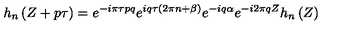
h _ { n } \left( Z + p \tau \right) = e ^ { - i \pi \tau p q } e ^ { i q \tau \left( 2 \pi n + \beta \right) } e ^ { - i q \alpha } e ^ { - i 2 \pi q Z } h _ { n } \left( Z \right)